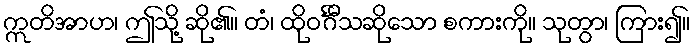
ဣတိအာဟ၊ ဤသို့ ဆို၏။ တံ၊ ထိုဝင်္ဂီသဆိုသော စကားကို။ သုတွာ၊ ကြား၍။